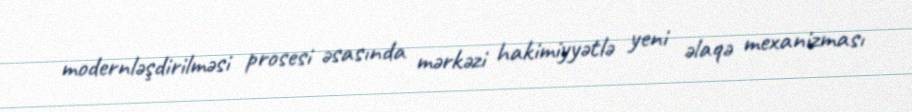
modernləşdirilməsi prosesi əsasında mərkəzi hakimiyyətlə yeni əlaqə mexanizması